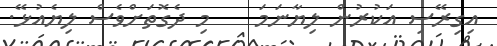
އިގިރޭސި އަކުރުން ލިޔާނަމަ    މި ދެގޮތަށްވެސް ލިޔެއުޅޭ.